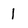
Character: 1